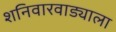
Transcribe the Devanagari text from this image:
शनिवारवाड्याला